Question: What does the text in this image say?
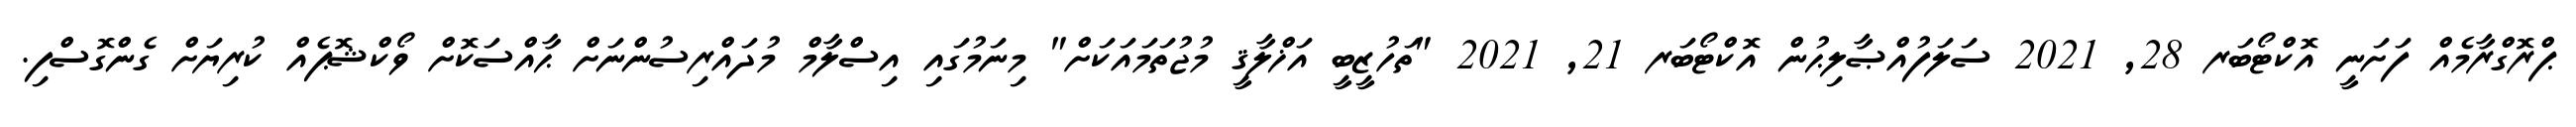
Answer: ޕްރޮގްރާމެއް ފަށަނީ އޮކްޓޯބަރ 28, 2021 ސަލަފުއްޞާލިޙުން އޮކްޓޯބަރ 21, 2021 "ތަހުޒީބީ އަޚްލާޤީ މުޖުތަމައަކަށް" މިނަމުގައި އިސްލާމް މުދައްރިސުންނަށް ޙާއްސަކޮށް ވޯކްޝޮޕެއް ކުރިޔަށް ގެންގޮސްފި.